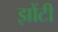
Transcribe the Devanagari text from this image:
झोंटी